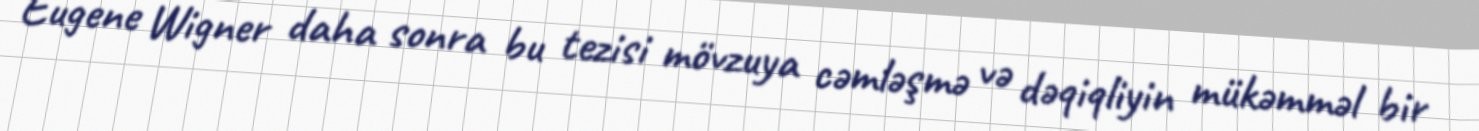
Eugene Wigner daha sonra bu tezisi mövzuya cəmləşmə və dəqiqliyin mükəmməl bir